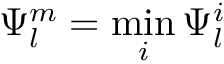
\Psi _ { l } ^ { m } = \operatorname* { m i n } _ { i } \Psi _ { l } ^ { i }